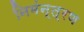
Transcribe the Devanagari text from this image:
निमंन्त्रण